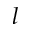
l